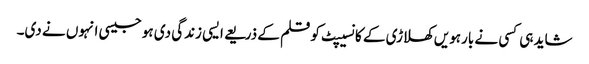
شاید ہی کسی نے بارہویں کھلاڑی کے کانسیپٹ کو قلم کے ذریعے ایسی زندگی دی ہو جیسی انہوں نے دی۔